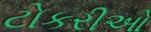
ટોકરીઓ